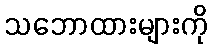
သဘောထားများကို